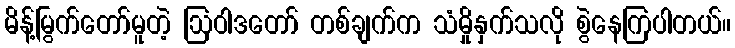
မိန့်မြွက်တော်မူတဲ့ ဩဝါဒတော် တစ်ချက်က သံမှိုနှက်သလို စွဲနေကြပါတယ်။